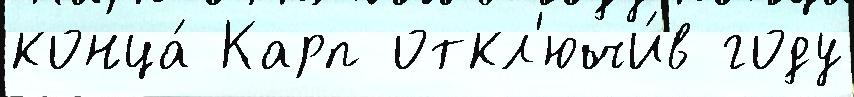
конца́ Карп откл'ючи́в году